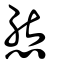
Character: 態